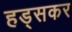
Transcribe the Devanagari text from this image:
हड्सकर